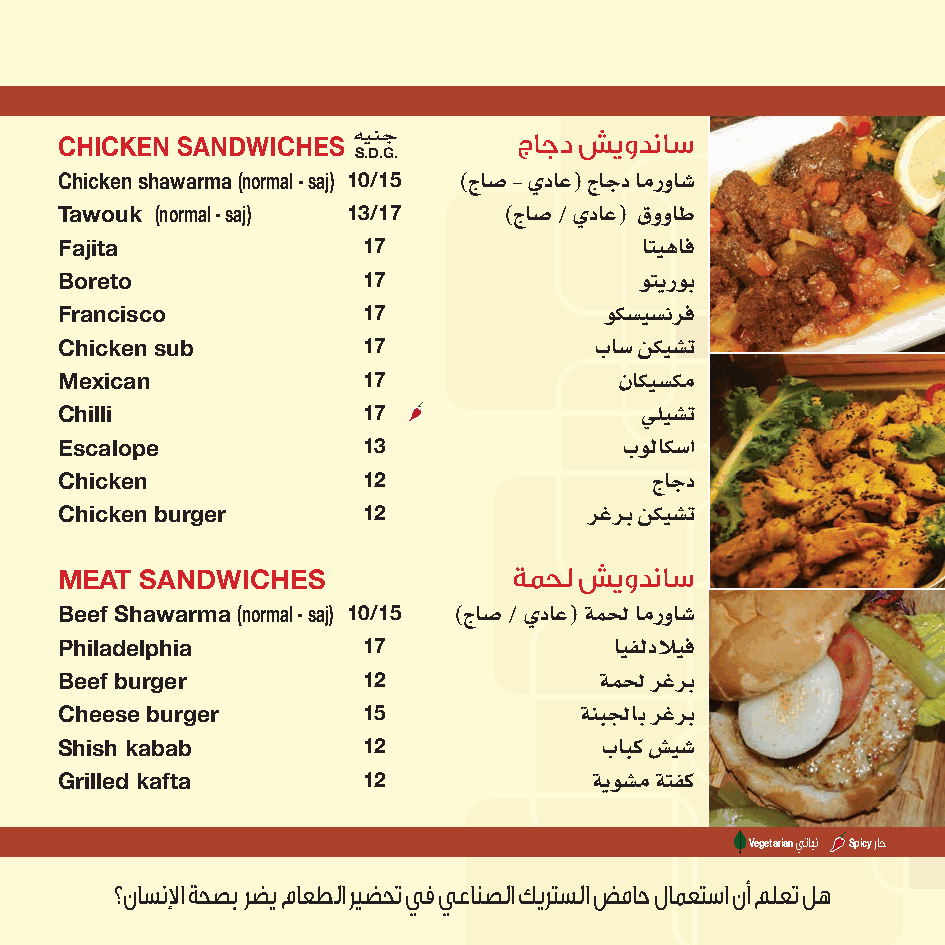
هينج
 CHICKEN SANDWICHES            جاجد شيودناس
 S.D.G.
 )جاش� - يداع( جاجد امرواش�
 Chicken shawarma (normal - saj) 10/15
 )جاش� / يداع( قوواط
 Tawouk (normal - saj) 13/17
 اتيهاف
 Fajita              17
 وتيروب
 Boreto              17
 وكش�يش�نرف
 Francisco           17
 باش� نكيش�ت
 Chicken sub         17
 ناكيش�كم
 Mexican             17
 يليش�ت
 Chilli              17
 بولاكش�ا
 Escalope            13
 جاجد
 Chicken             12
 رغرب نكيش�ت
 Chicken burger      12
 MEAT SANDWICHES               ةمحل شيودناس
 )جاش� / يداع( ةملح امرواش�
 Beef Shawarma (normal - saj) 10/15
 ايفلدلايف
 Philadelphia        17
 ةملح رغرب
 Beef burger         12
 ةنبلجاب رغرب
 Cheese burger       15
 بابك س�يش�
 Shish kabab         12
 ةيوش�م ةتفك
 Grilled kafta       12
 Vegetarianيتابن Spicyراح
 ؟ناسنلإا ةحصب رضي ماعطلا ريضحت يف يعانصلا كيرتسلا ضماح لامعتسا نأ ملعت له